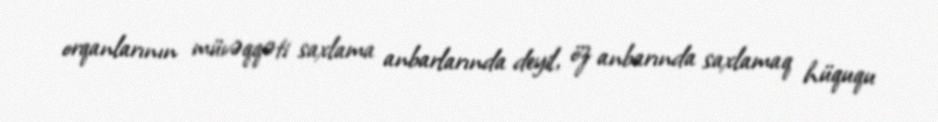
orqanlarının müvəqqəti saxlama anbarlarında deyil, öz anbarında saxlamaq hüququ